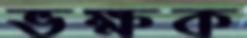
ভক্ষক